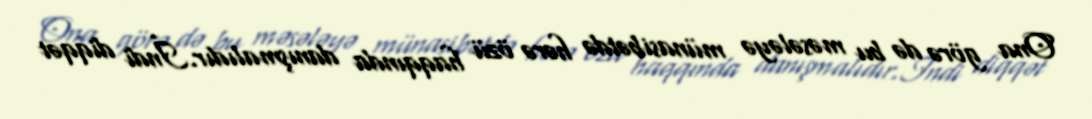
Ona görə də bu məsələyə münasibətdə hərə özü haqqında danışmalıdır.İndi diqqət